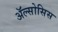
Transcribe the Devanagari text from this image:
ॲल्सोसिस